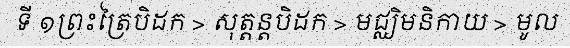
ទី ១ព្រះត្រៃបិដក > សុត្តន្តបិដក > មជ្ឈិមនិកាយ > មូល